Leaving Certificate Examination, 1918
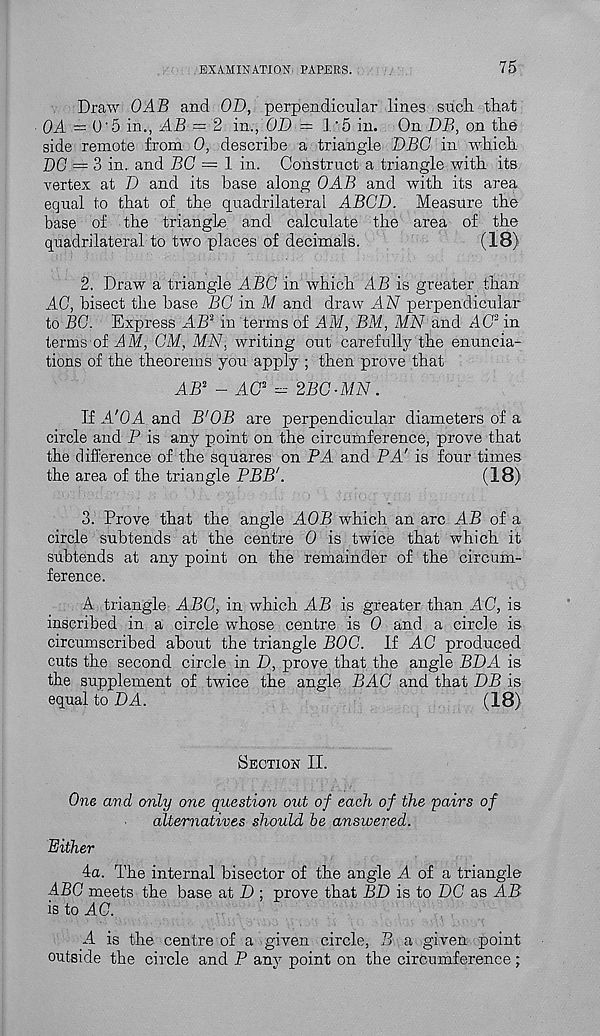
EXAMINATION; PAPERS.
75
Draw OAB and OB, perpendicular lines such that
OA = 0'5 in., AB = 2 in., OB = 1'5 in. On BB, on the
side remote from 0, describe a triangle BBC in which
DO = 3 in. and BO = 1 in. Construct a triangle with its
vertex at B and its base along OAB and with its area
equal to that of the quadrilateral ABCB. Measure the
base of the triangle and calculate the area of the
quadrilateral to two places of decimals.
(18)
2. Draw a triangle ABC in which AB is greater than
AG, bisect the base BO in M and draw AN perpendicular
to BG. Express MB 2 in terms of AM, BM, MN and AC 2 in
terms of AM, CM, MN, writing out carefully the enuncia-
tions of the theorems you apply ; then prove that
AB 2 - AC 2 - 2BC-MN.
If A'OA and B'OB are perpendicular diameters of a
circle and P is any point on the circumference, prove that
the difference of the squares on PA and PA' is four times
the area of the triangle PBB'.
(18)
3. Prove that the angle AOB which an arc AB of a
circle subtends at the centre 0 is twice that which it
subtends at any point on the remainder of the circum-
ference.
A triangle ABC, in which AB is greater than AC, is
inscribed in a circle whose centre is 0 and a circle is
circumscribed about the triangle BOC. If AC produced
cuts the second circle in B, prove that the angle BBA is
the supplement of twice the angle BAG and that BB is
equal to DA.
(18)
Section II.
One and only one question out of each of the pairs of
alternatives should fee answered.
Either
4a. The internal bisector of the angle A. of a triangle
ABC meets the base at D ; prove that BB is to BC as AB
is to AC.
A is the centre of a given circle, B a given point
outside the circle and P any point on the circumference;